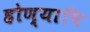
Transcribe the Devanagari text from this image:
होण्याचि